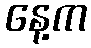
နေ့က